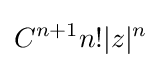
C^{n+1}n!|z|^{n}